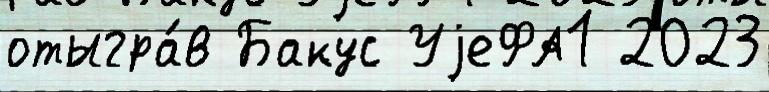
отыгра́в Бакус УjеФА1 2023